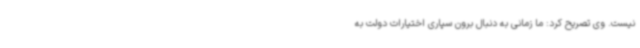
نیست. وی تصریح کرد: ما زمانی به دنبال برون سپاری اختیارات دولت به